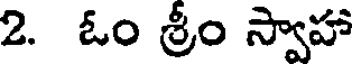
2. ఓం శ్రీం స్వాహా